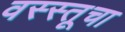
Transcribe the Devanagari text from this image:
वस्स्तूचा